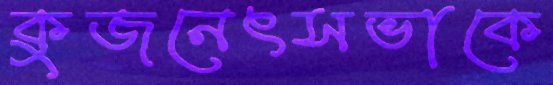
কুজনেৎসভাকে